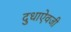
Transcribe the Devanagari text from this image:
दुधाऐवजी